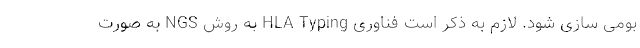
بومی سازی شود. لازم به ذکر است فناوری HLA Typing به روش NGS به صورت